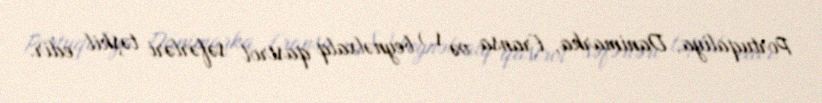
Portuqaliya, Danimarka, Fransa və s.) beynəlxalq qastrol səfərləri təşkil edir.